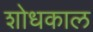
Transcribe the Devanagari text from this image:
शोधकाल